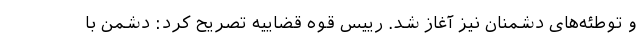
و توطئه‌های دشمنان نیز آغاز شد. رییس قوه قضاییه تصریح کرد: دشمن با